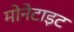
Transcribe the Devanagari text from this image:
मोनेटाइट